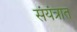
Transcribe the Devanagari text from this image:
संयंत्रात